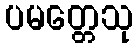
ပမတ္တေသု